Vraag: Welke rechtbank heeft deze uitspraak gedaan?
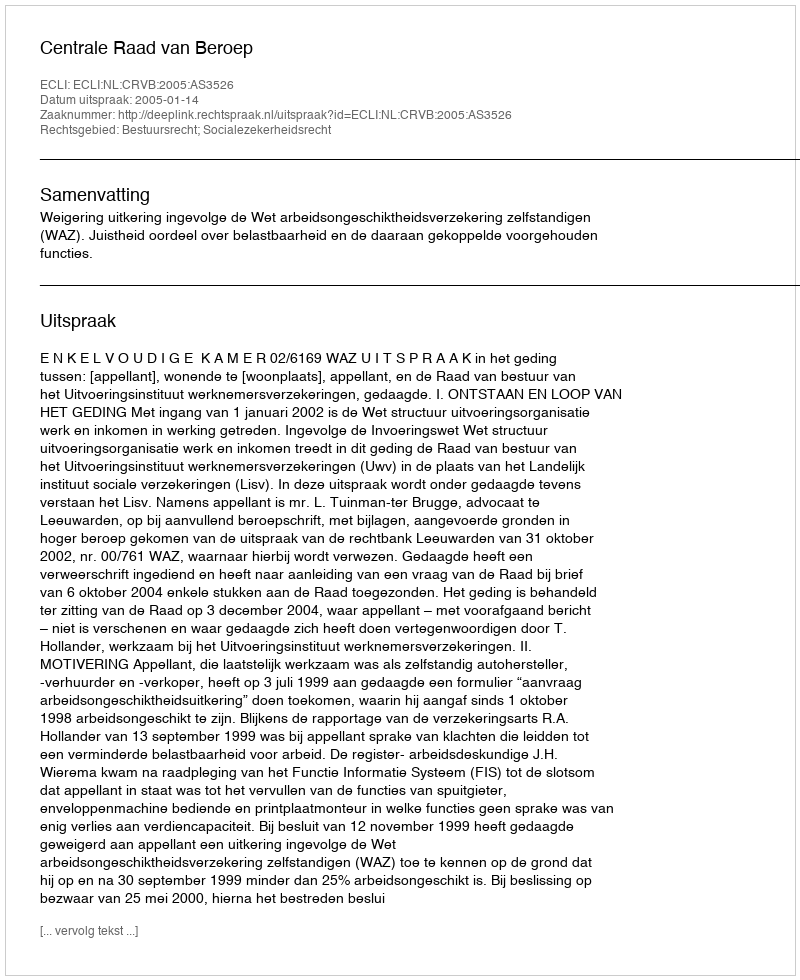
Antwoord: Centrale Raad van Beroep